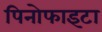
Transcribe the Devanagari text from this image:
पिनोफाइटा